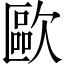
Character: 歐